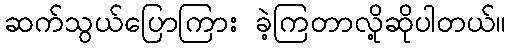
ဆက်သွယ်ပြောကြား ခဲ့ကြတာလို့ဆိုပါတယ်။